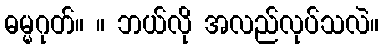
ဓမ္မဂုတ်။ ။ ဘယ်လို အလည်လုပ်သလဲ။